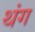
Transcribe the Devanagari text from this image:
थंग